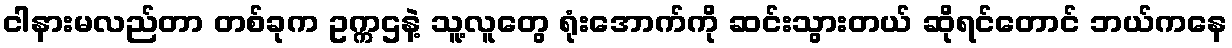
ငါနားမလည်တာ တစ်ခုက ဥက္ကဌနဲ့ သူ့လူတွေ ရုံးအောက်ကို ဆင်းသွားတယ် ဆိုရင်တောင် ဘယ်ကနေ